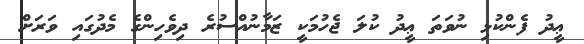
ޢީދު ފެންކުޅި ނުވަތަ ޢީދު ކުލަ ޖެހުމަކީ ޒަމާނުއްސުރެ ދިވެހިންގެ މެދުގައި ވަރަށް